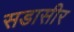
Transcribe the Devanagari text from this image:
सडासीर